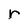
Character: r